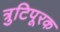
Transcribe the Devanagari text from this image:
त्रुटिपूरक